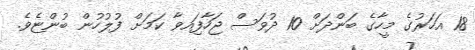
18 އަހަރުގެ މީހާގެ ބަންދަށް 10 ދުވަސް ޖަހާފަިއވާ ކަމަށް ފުލުހުން ބުންޏެވެ.